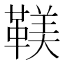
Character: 𩋼